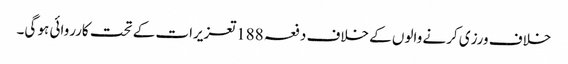
خلاف ورزی کرنے والوں کے خلاف دفعہ 188تعزیرات کے تحت کارروائی ہو گی۔